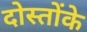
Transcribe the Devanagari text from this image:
दोस्तोंके